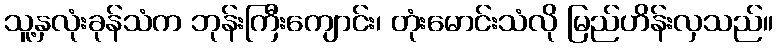
သူ့နှလုံးခုန်သံက ဘုန်းကြီးကျောင်း၊ တုံးမောင်းသံလို မြည်ဟိန်းလှသည်။